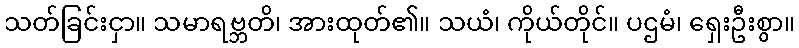
သတ်ခြင်းငှာ။ သမာရဗ္ဘတိ၊ အားထုတ်၏။ သယံ၊ ကိုယ်တိုင်။ ပဌမံ၊ ရှေးဦးစွာ။